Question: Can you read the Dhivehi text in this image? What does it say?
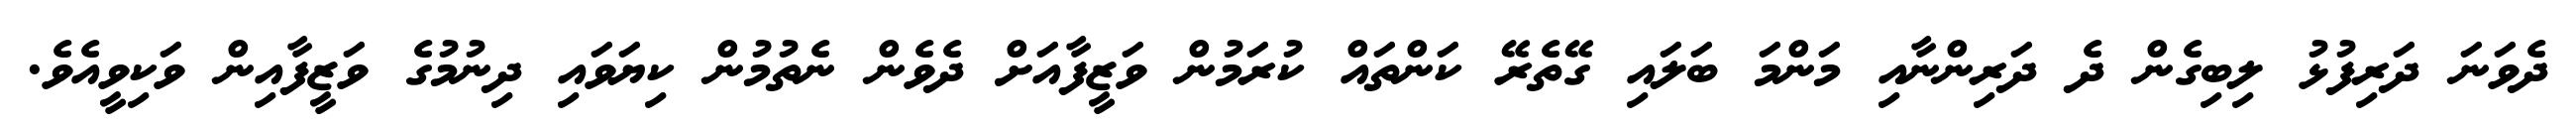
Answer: ދެވަނަ ދަރިފުޅު ލިބިގެން ދެ ދަރިންނާއި މަންމަ ބަލައި ގޭތެރޭ ކަންތައް ކުރަމުން ވަޒީފާއަށް ދެވެން ނެތުމުން ކިޔަވައި ދިނުމުގެ ވަޒީފާއިން ވަކިވީއެވެ.